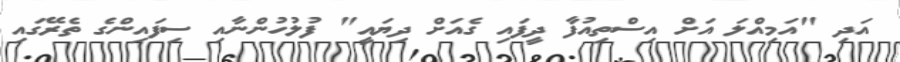
އަދި "އަމިއްލަ އަށް އިސްތިއުފާ ދީފައި ގެއަށް ދިޔައީ" ފުލުހުންނާއި ސިފައިންގެ ތެރޭގައި